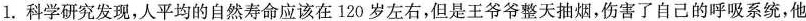
1. 科学研究发现，人平均的自然寿命应该在120岁左右，但是王爷爷整天抽烟，伤害了自己的呼吸系统，他